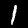
Label: 1